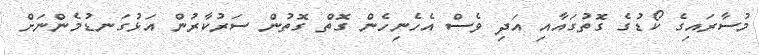
މުސާރައިގެ ކޯޑުގެ ގޮތުގައާއި އަދި ވެސް އެހެނިހެން ގޮތް ގޮތުން ސަރުކާރުން އަޅުގަނޑުމެންނަށް